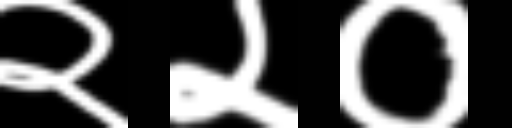
Text: २२०